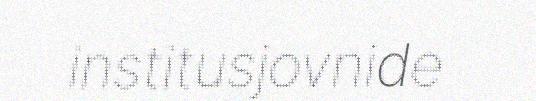
institusjovnide